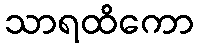
သာရထိကော